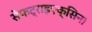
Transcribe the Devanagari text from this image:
सेफट्राइएक्सिन।